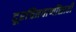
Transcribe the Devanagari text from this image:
दूरचित्रवाणींसाठी